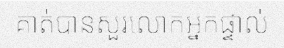
គាត់បានសួរលោកអ្នកផ្ទាល់